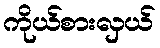
ကိုယ်စားလှယ်